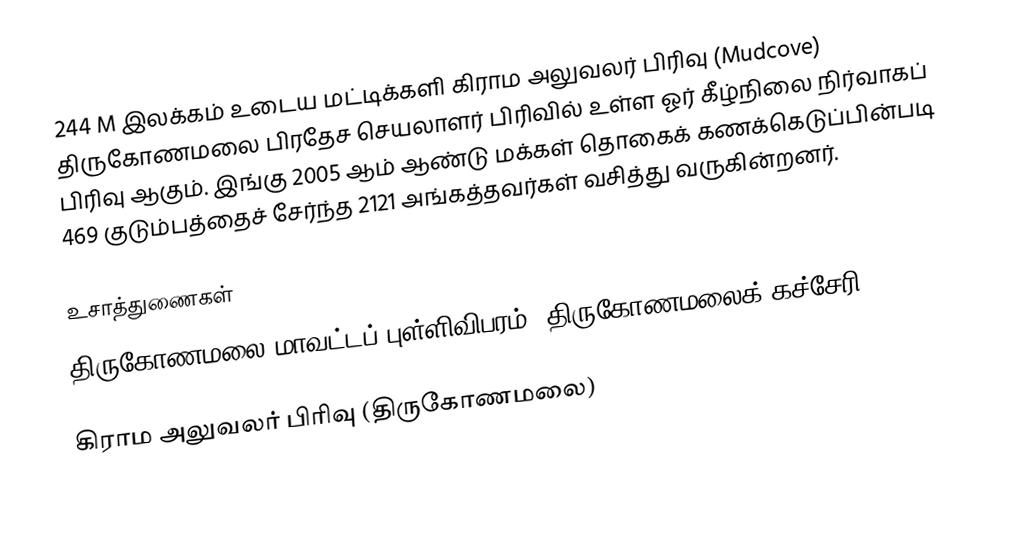
244 M இலக்கம் உடைய மட்டிக்களி கிராம அலுவலர் பிரிவு (Mudcove) திருகோணமலை பிரதேச செயலாளர் பிரிவில் உள்ள ஓர் கீழ்நிலை நிர்வாகப் பிரிவு ஆகும். இங்கு 2005 ஆம் ஆண்டு மக்கள் தொகைக் கணக்கெடுப்பின்படி 469 குடும்பத்தைச் சேர்ந்த 2121 அங்கத்தவர்கள் வசித்து வருகின்றனர்.

உசாத்துணைகள்
திருகோணமலை மாவட்டப் புள்ளிவிபரம், திருகோணமலைக் கச்சேரி 2006.

கிராம அலுவலர் பிரிவு (திருகோணமலை)